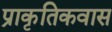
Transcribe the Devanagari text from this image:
प्राकृतिकवास